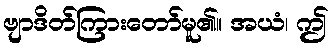
ဗျာဒိတ်ကြားတော်မူ၏။ အယံ၊ ဤ